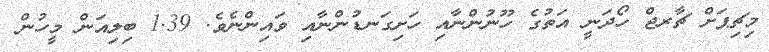
މިޗިޕަށް ޗާރޖް ހޯދަނީ އަތުގެ ހޫނުންނާއި ހަށިގަނޑުންނާއި ވައިންނެވެ. 1.39 ބިލިއަން މީހުން